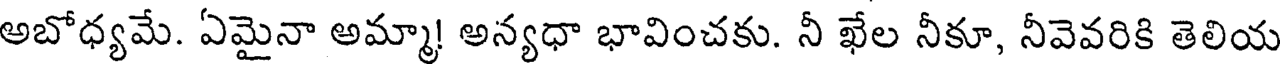
అబోధ్యమే. ఏమైనా అమ్మా! అన్యధా భావించకు. నీ ఖేల నీకూ, నీవెవరికి తెలియ